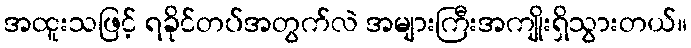
အထူးသဖြင့် ရခိုင်တပ်အတွက်လဲ အများကြီးအကျိုးရှိသွားတယ်။